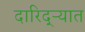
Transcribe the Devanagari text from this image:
दारिद्‌ऱ्यात